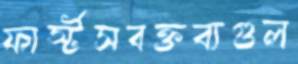
ফার্স্টসবক্তব্যগুল